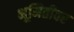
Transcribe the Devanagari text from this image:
भूमितीवर